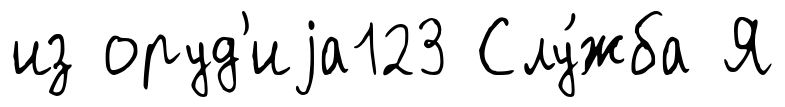
из оруд'иjа123 Слу́жба Я